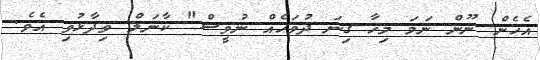
އެހެން ނޫން ނަމަ މިހާ ގިނަ ދުވަހެއް ނުވީސް" ކާނަލް ވިދާޅުވި އެވެ.